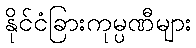
နိုင်ငံခြားကုမ္ပဏီများ